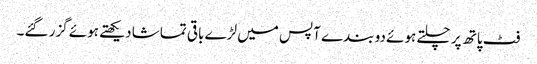
فٹ پاتھ پر چلتے ہوئے دو بندے آپس میں لڑے باقی تماشا دیکھتے ہوئے گزر گئے۔